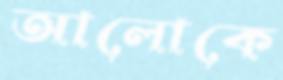
আলোকে